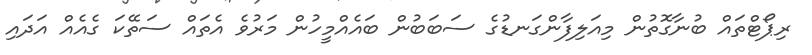
ރިޕޯޓްތައް ބުނާގޮތުން މިއަލިފާންގަނޑުގެ ސަބަބުން ބައެއްމީހުން މަރުވެ އެތައް ސަތޭކަ ގެއެއް އަދައި